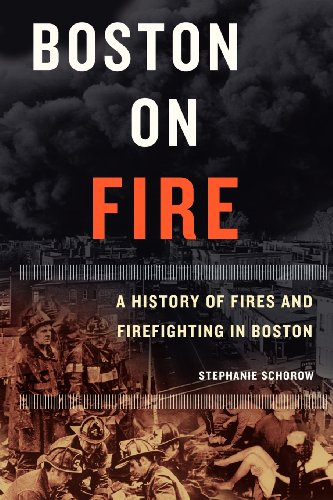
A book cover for Boston on Fire: A History of Fires and Firefighting in Boston; Stephanie Schorow; Travel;